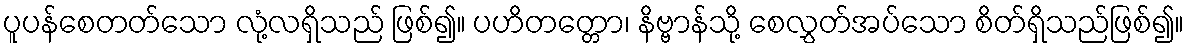
ပူပန်စေတတ်သော လုံ့လရှိသည် ဖြစ်၍။ ပဟိတတ္တော၊ နိဗ္ဗာန်သို့ စေလွှတ်အပ်သော စိတ်ရှိသည်ဖြစ်၍။